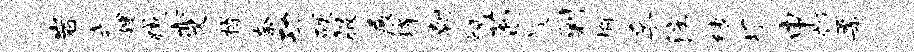
岩式嫂臧变操奈功硬服展烽朝视荀旋剿榆孚注缚塌申郊柔